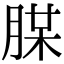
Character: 𦜪